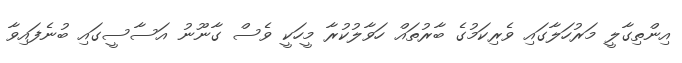
އިންތިގާލީ މަރުހަލާގައި ވެރިކަމުގެ ބާރުތައް ހަވާލުކުރާ މީހަކީ ވެސް ގާނޫނު އަސާސީގައި ބުނެފައިވާ